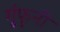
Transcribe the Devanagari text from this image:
गुंफुनी